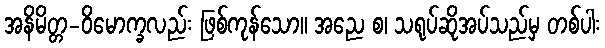
အနိမိတ္တ-ဝိမောက္ခလည်း ဖြစ်ကုန်သော။ အညေ စ၊ သရုပ်ဆိုအပ်သည်မှ တစ်ပါး